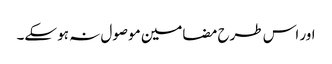
اور اس طرح مضامین موصول نہ ہو سکے۔